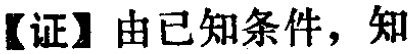
【证】由已知条件，知